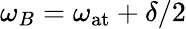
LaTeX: \omega_{B}=\omega_{\mathrm{at}}+\delta/2